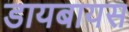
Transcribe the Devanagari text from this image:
डायबायस